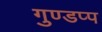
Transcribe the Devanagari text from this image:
गुण्डप्प